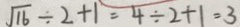
\sqrt { 1 6 } \div 2 + 1 = 4 \div 2 + 1 = 3